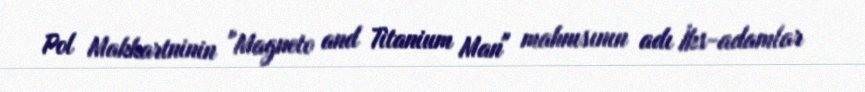
Pol Makkartninin "Magneto and Titanium Man" mahnısının adı İks-adamlar